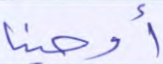
أوحينا